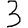
Digit: 3